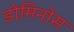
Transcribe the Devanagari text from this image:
डोमिनोस